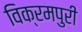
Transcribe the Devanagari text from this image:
विक्रमपुरी